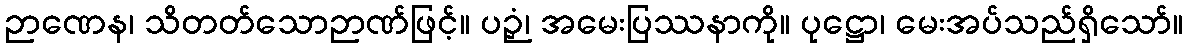
ဉာဏေန၊ သိတတ်သောဉာဏ်ဖြင့်။ ပဉှံ၊ အမေးပြဿနာကို။ ပုဋ္ဌော၊ မေးအပ်သည်ရှိသော်။